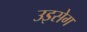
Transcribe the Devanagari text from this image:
उइसेग